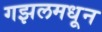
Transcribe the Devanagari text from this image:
गझलमधून